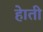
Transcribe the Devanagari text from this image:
हेाती